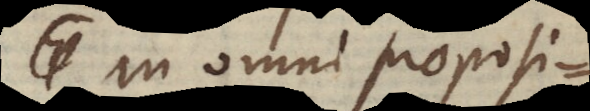
In omni propositione